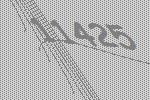
11425